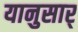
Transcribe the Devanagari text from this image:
यानुसार्